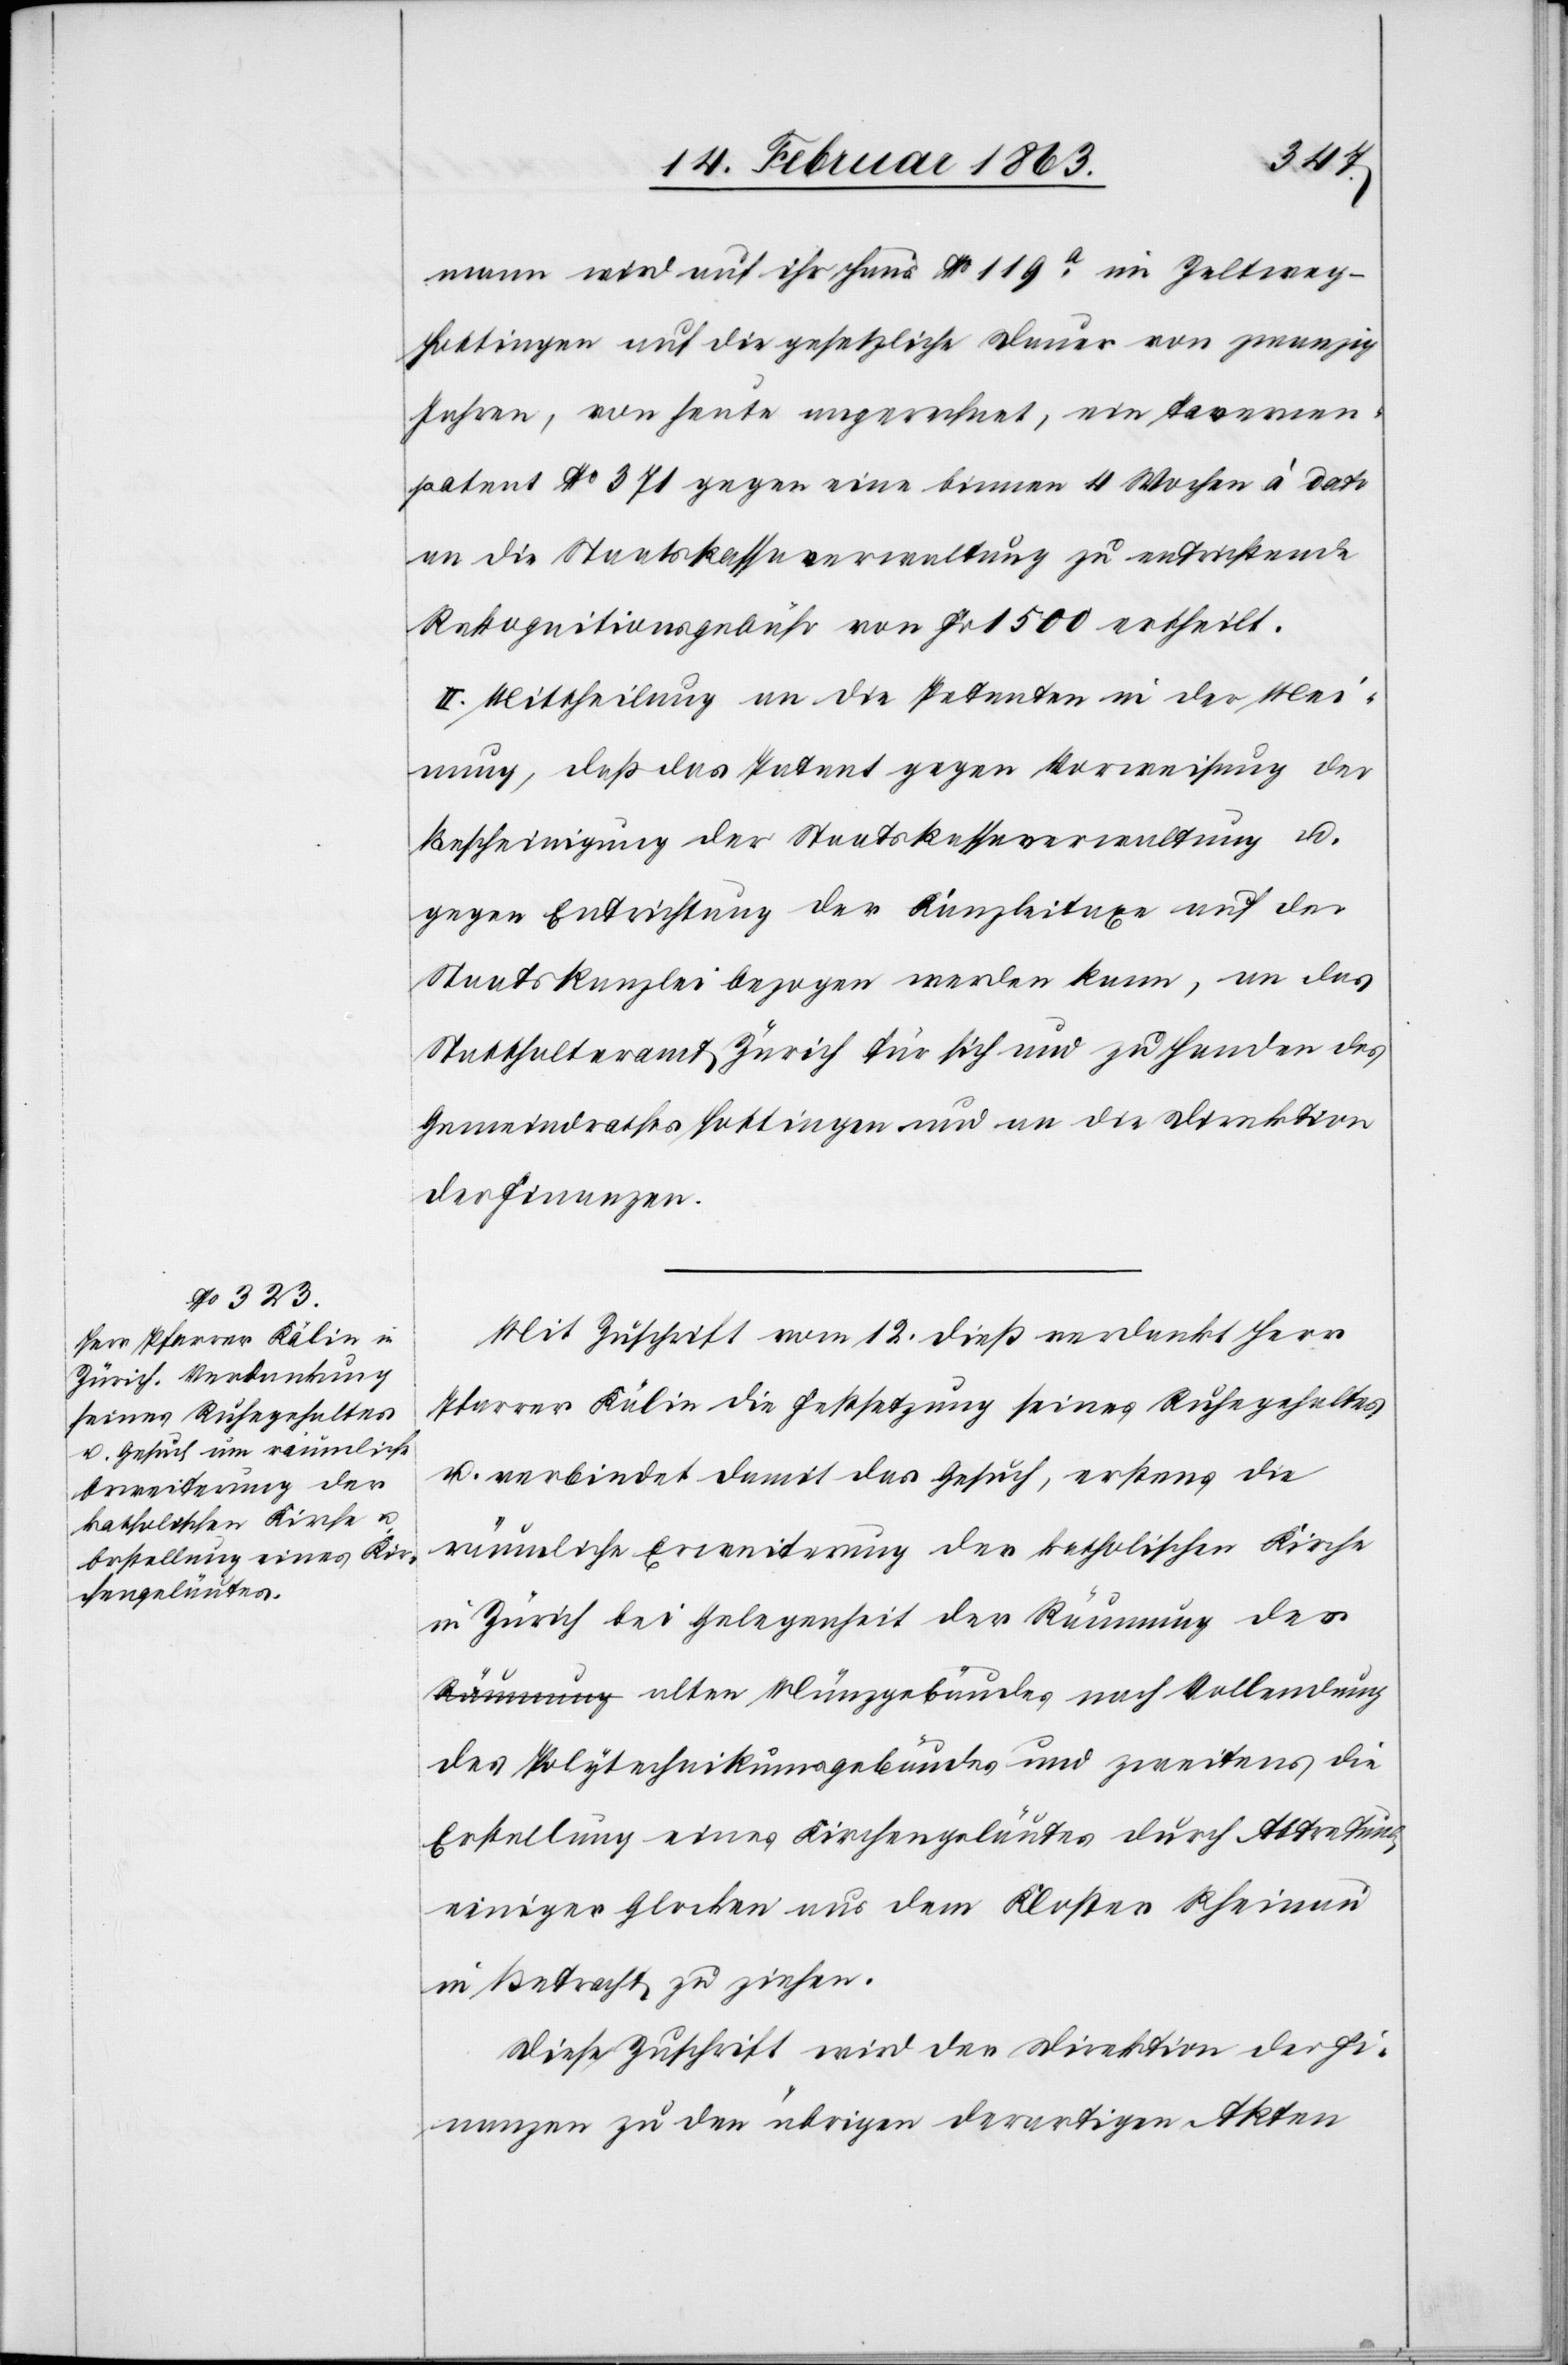
mann wird auf ihr Haus No 119a im Zeltweg-H¬
ottingen auf die gesetzliche Dauer von zwanzig
Jahren, von heute angerechnet, ein Tavernen¬
patent No 371 gegen eine binnen 4 Wochen à dato
an die Staatskassaverwaltung zu entrichtende
Rekognitionsgebühr von Fr 1500 ertheilt.
II. Mittheilung an die Petenten in der Mei¬
nung, daß das Patent gegen Vorweisung der
Bescheinigung der Staatskassaverwaltung u.
gegen Entrichtung der Kanzleitaxe auf der
Staatskanzlei bezogen werden kann, an das
Statthalteramt Zürich für sich und zu Handen des
Gemeindrathes Hottingen und an die Direktion
der Finanzen.
Mit Zuschrift vom 12. dieß verdankt Herr
Pfarrer Kälin die Festsetzung seines Ruhegehaltes
u. verbindet damit das Gesuch, erstens die
räumliche Erweiterung der katholischen Kirche
in Zürich bei Gelegenheit der Räumung des
des Polytechnikumsgebäudes und zweitens die
Erstellung eines Kirchengeläutes durch Abtretung
einiger Glocken aus dem Kloster Rheinau
in Betracht zu ziehen.
Diese Zuschrift wird der Direktion der Fi¬
nanzen zu den übrigen derartigen Akten